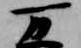
万